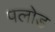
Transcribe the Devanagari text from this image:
पलोड